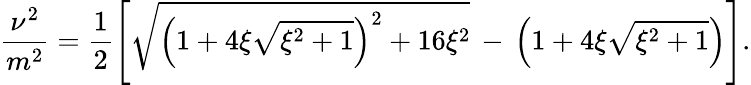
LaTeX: \frac{\nu^{2}}{m^{2}}=\frac{1}{2}\left[\sqrt{\left(1+4\xi\sqrt{\xi^{2}+1}\right)^{2}+16\xi^{2}}\, -\, \left(1+4\xi\sqrt{\xi^{2}+1}\right)\right].